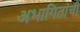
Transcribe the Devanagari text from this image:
अभागितांची